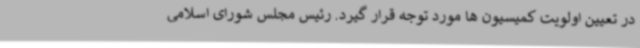
در تعیین اولویت کمیسیون ها مورد توجه قرار گیرد. رئیس مجلس شورای اسلامی